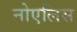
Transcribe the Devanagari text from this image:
नोएलिस